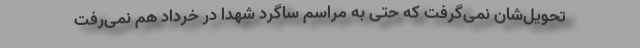
تحویل‌شان نمی‌گرفت که حتی به مراسم ساگرد شهدا در خرداد هم نمی‌رفت